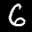
Label: 6